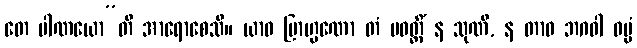
တေ ပါဏယော”တိ အာရောစေသိ။ ယာဝ ဗြာဟ္မဏော တံ ပဝတ္တိံ န သုဏိ, န တာဝ ဘဂဝါ ဓမ္မံ